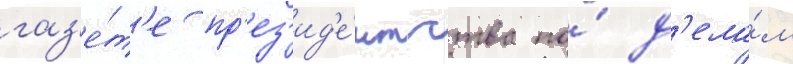
газ'е́т'е пр'ез'ид'е́нтства по́ д'ела́м